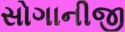
સોગાનીજી